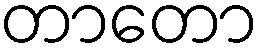
တာတော